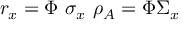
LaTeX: r _ { x } = \Phi \ \sigma _ { x } \ \rho _ { A } = \Phi \Sigma _ { x }